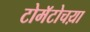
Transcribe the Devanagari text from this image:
टोमॅटोचय़ा